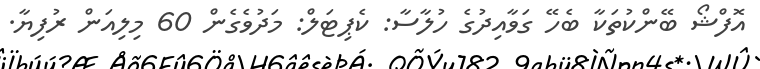
އޮފްޝޯ ބޭންކުތަކާ ބެހޭ ގަވާއިދުގެ ހުލާސާ: ކެޕިޓަލް: މަދުވެގެން 60 މިލިއަން ރުފިޔާ.